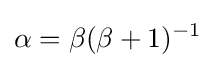
\alpha =\beta {(\beta +1)^{-1}}